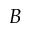
B